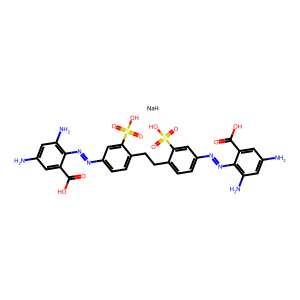
SMILES: Nc1cc(N)c(N=Nc2ccc(CCc3ccc(N=Nc4c(N)cc(N)cc4C(=O)O)cc3S(=O)(=O)O)c(S(=O)(=O)O)c2)c(C(=O)O)c1.[NaH]
Inhibits HIV replication: No